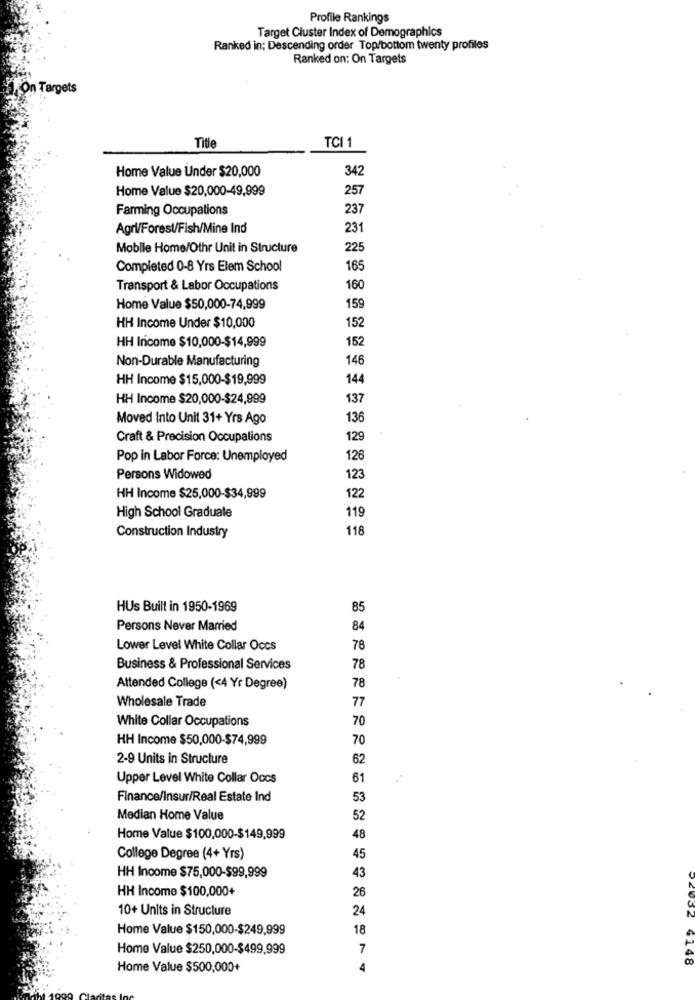
Profile Rankings
Target Cluster Index of Demographics
Ranked in; Descending order Top/bottom twenty profiles
Ranked on: On Targets
Targets
TCI 1
Title
Home Value Under $20,000
342
Home Value $20,000-49,999
257
Farming Occupations
237
Agri/Forest/Fish/Mine Ind
231
Mobile Home/Othr Unit in Structure
225
Completed 0-8 Yrs Elem School
165
Transport & Labor Occupations
160
Home Value $50,000-74,999
159
152
HH Income Under $10,000
15
HH Income $10,000-$14,999
Non-Durable Manufacturing
146
HH Income $15,000-$19,999
144
HH Income $20,000-$24,999
137
Moved Into Unit 31+ Yrs Ago
136
Craft & Precision Occupations
129
Pop in Labor Force: Unemployed
126
Persons Widowed
123
HH Income $25,000-$34,999
122
119
High School Graduate
118
Construction Industry
HUS Built in 1950-1969
85
Persons Never Married
84
Lower Level White Collar Occs
78
Business & Professional Services
78
78
Attended College (<4 Yr Degree)
Wholesale Trade
77
White Collar Occupations
70
HH Income $50,000-$74,999
70
2-9 Units in Structure
62
Upper Level White Collar Occs
61
Finance/Insur/Real Estate Ind
53
Median Home Value
52
Home Value $100,000-$149,999
48
College Degree (4+ Yrs)
45
43
HH Income $75,000-$99,999
HH Income $100,000+
26
10+ Units in Structure
24
Home Value $150,000-$249,999
18
Home Value $250,000-$499,999
7
4148
Home Value $500,000+
4